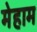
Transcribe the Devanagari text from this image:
मेहाम